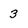
Character: 3